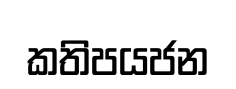
කතිපයජන